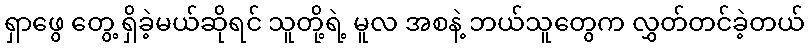
ရှာဖွေ တွေ့ ရှိခဲ့မယ်ဆိုရင် သူတို့ရဲ့ မူလ အစနဲ့ ဘယ်သူတွေက လွှတ်တင်ခဲ့တယ်